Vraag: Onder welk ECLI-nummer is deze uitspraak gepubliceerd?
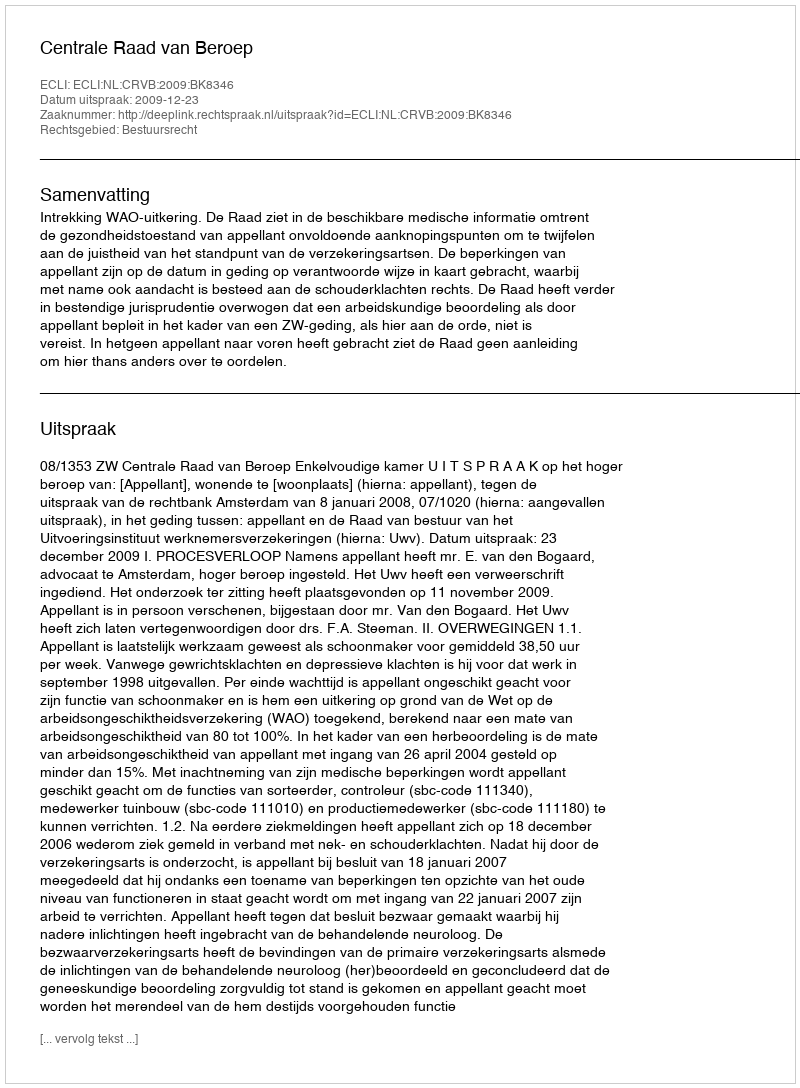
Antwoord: ECLI:NL:CRVB:2009:BK8346